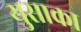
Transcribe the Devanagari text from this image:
युसाका